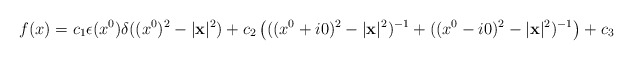
\begin{align*}f(x) = c_{1}\epsilon (x^{0}) \delta ((x^{0})^{2} - |{\bf x}|^{2}) + c_{2}\left( ((x^{0} + i0)^{2} - |{\bf x}|^{2})^{- 1} +((x^{0} - i0)^{2} - |{\bf x}|^{2})^{- 1} \right) + c_{3}\end{align*}